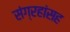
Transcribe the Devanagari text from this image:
संग्रहांसह